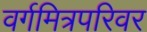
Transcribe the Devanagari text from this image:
वर्गमित्रपरिवर